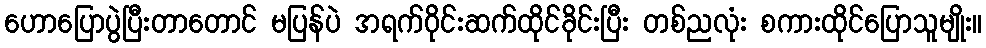
ဟောပြောပွဲပြီးတာတောင် မပြန်ပဲ အရက်ဝိုင်းဆက်ထိုင်ခိုင်းပြီး တစ်ညလုံး စကားထိုင်ပြောသူမျိုး။